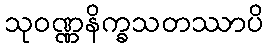
သုဝဏ္ဏနိက္ခသတဿာပိ